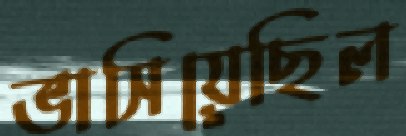
ভাসিয়েছিল